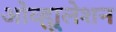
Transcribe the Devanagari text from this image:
ओव्ह्युलेशन